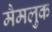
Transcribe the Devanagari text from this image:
मैमलुक